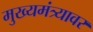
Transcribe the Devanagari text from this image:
मुख्यमंत्र्यावर